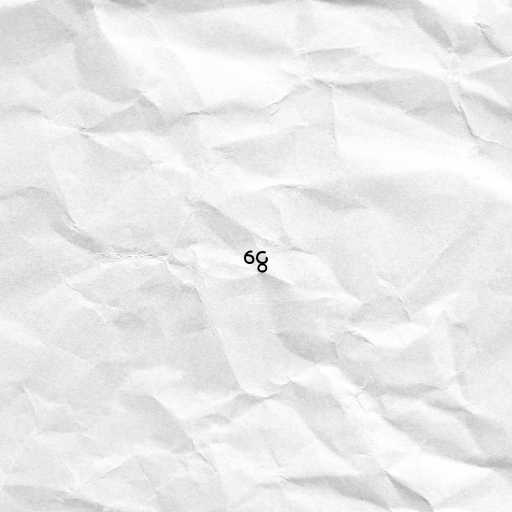
ငွေ